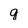
Character: q